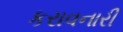
કરાવનારી